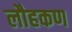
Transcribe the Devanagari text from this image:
लौहकण